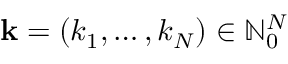
\mathbf { k } = ( k _ { 1 } , \ldots , k _ { N } ) \in \mathbb { N } _ { 0 } ^ { N }